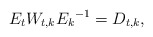
\begin{align*}E_t W_{t,k} {E_k}^{-1} = D_{t,k},\end{align*}